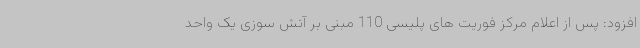
افزود: پس از اعلام مرکز فوریت های پلیسی 110 مبنی بر آتش سوزی یک واحد